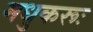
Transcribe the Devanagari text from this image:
मधुकरूः